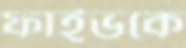
ফাইভকে